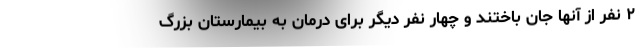
۲ نفر از آنها جان باختند و چهار نفر دیگر برای درمان به بیمارستان بزرگ